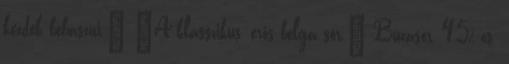
kezdek bebaszni." "A klasszikus, erős belga sör." Búzasör, 4,5%-os.